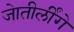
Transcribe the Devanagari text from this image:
जेातीर्लींगे